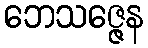
ဘေသဇ္ဇေန